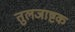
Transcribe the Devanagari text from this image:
तुलजाष्टक